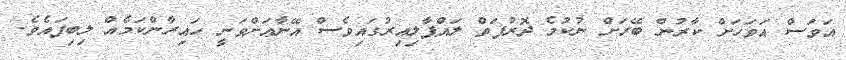
އަވަސް އަވަހަށް ކާރުން ބޭރަށް ނުކުމެ ދޮރުފަތް ލައްޕާލިއިރުގައިވެސް އޭނާއަށްވަނީ ހައިރާންކަމެއް ލިބިފައެވެ.